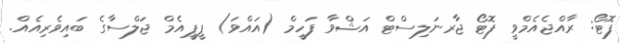
ފޮޓޯ: ރާއްޖެއެމްވީ ފޮޓޯ ޖާރނަލިސްޓް އަޝްވާ ފަހީމް (އައްވަ) ޕީޕީއެމް ޖަލްސާގެ ބައިވެރިއެއް.